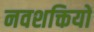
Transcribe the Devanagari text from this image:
नवशक्तियों